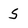
Character: 5